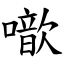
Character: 噷